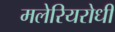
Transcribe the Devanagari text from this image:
मलेरियरोधी